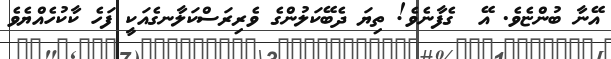
އޭނާ ބުންޏެވެ. އޭ  ގެފާނެވެ! ތިޔަ ދެބޭކަލުންގެ ވެރިރަސްކަލާނގެއަކީ ފަހެ ކާކުހެއްޔެވެ